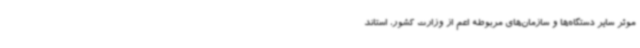
موثر سایر دستگاه‌ها و سازمان‌های مربوطه اعم از وزارت کشور، استاند